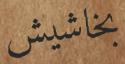
بخاشيش